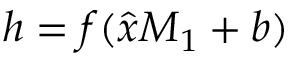
\boldsymbol { h } = f ( \widehat { \boldsymbol { x } } \boldsymbol { M } _ { 1 } + \boldsymbol { b } )